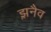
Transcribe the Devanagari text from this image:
झ़नैव